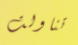
تناولت